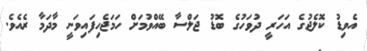
އެވިޑު ކޮލެޖުގެ އަހަރީ ދުވަހުގެ ބޮޑު ޖަލްސާ ބޭއްވުމަށް ހަމަޖެހިފައިވަނީ މާދަމާ ރެއެވެ.